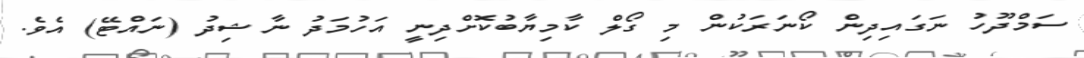
ސަމްދޫހު ނަގައިދިން ކޯނަރަކުން މި ގޯލް ކާމިޔާބުކޮށްދިނީ އަހުމަދު ނާޝިދު (ނައްޓޭ) އެވެ.